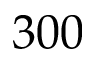
3 0 0